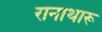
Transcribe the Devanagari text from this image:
रानाथारू